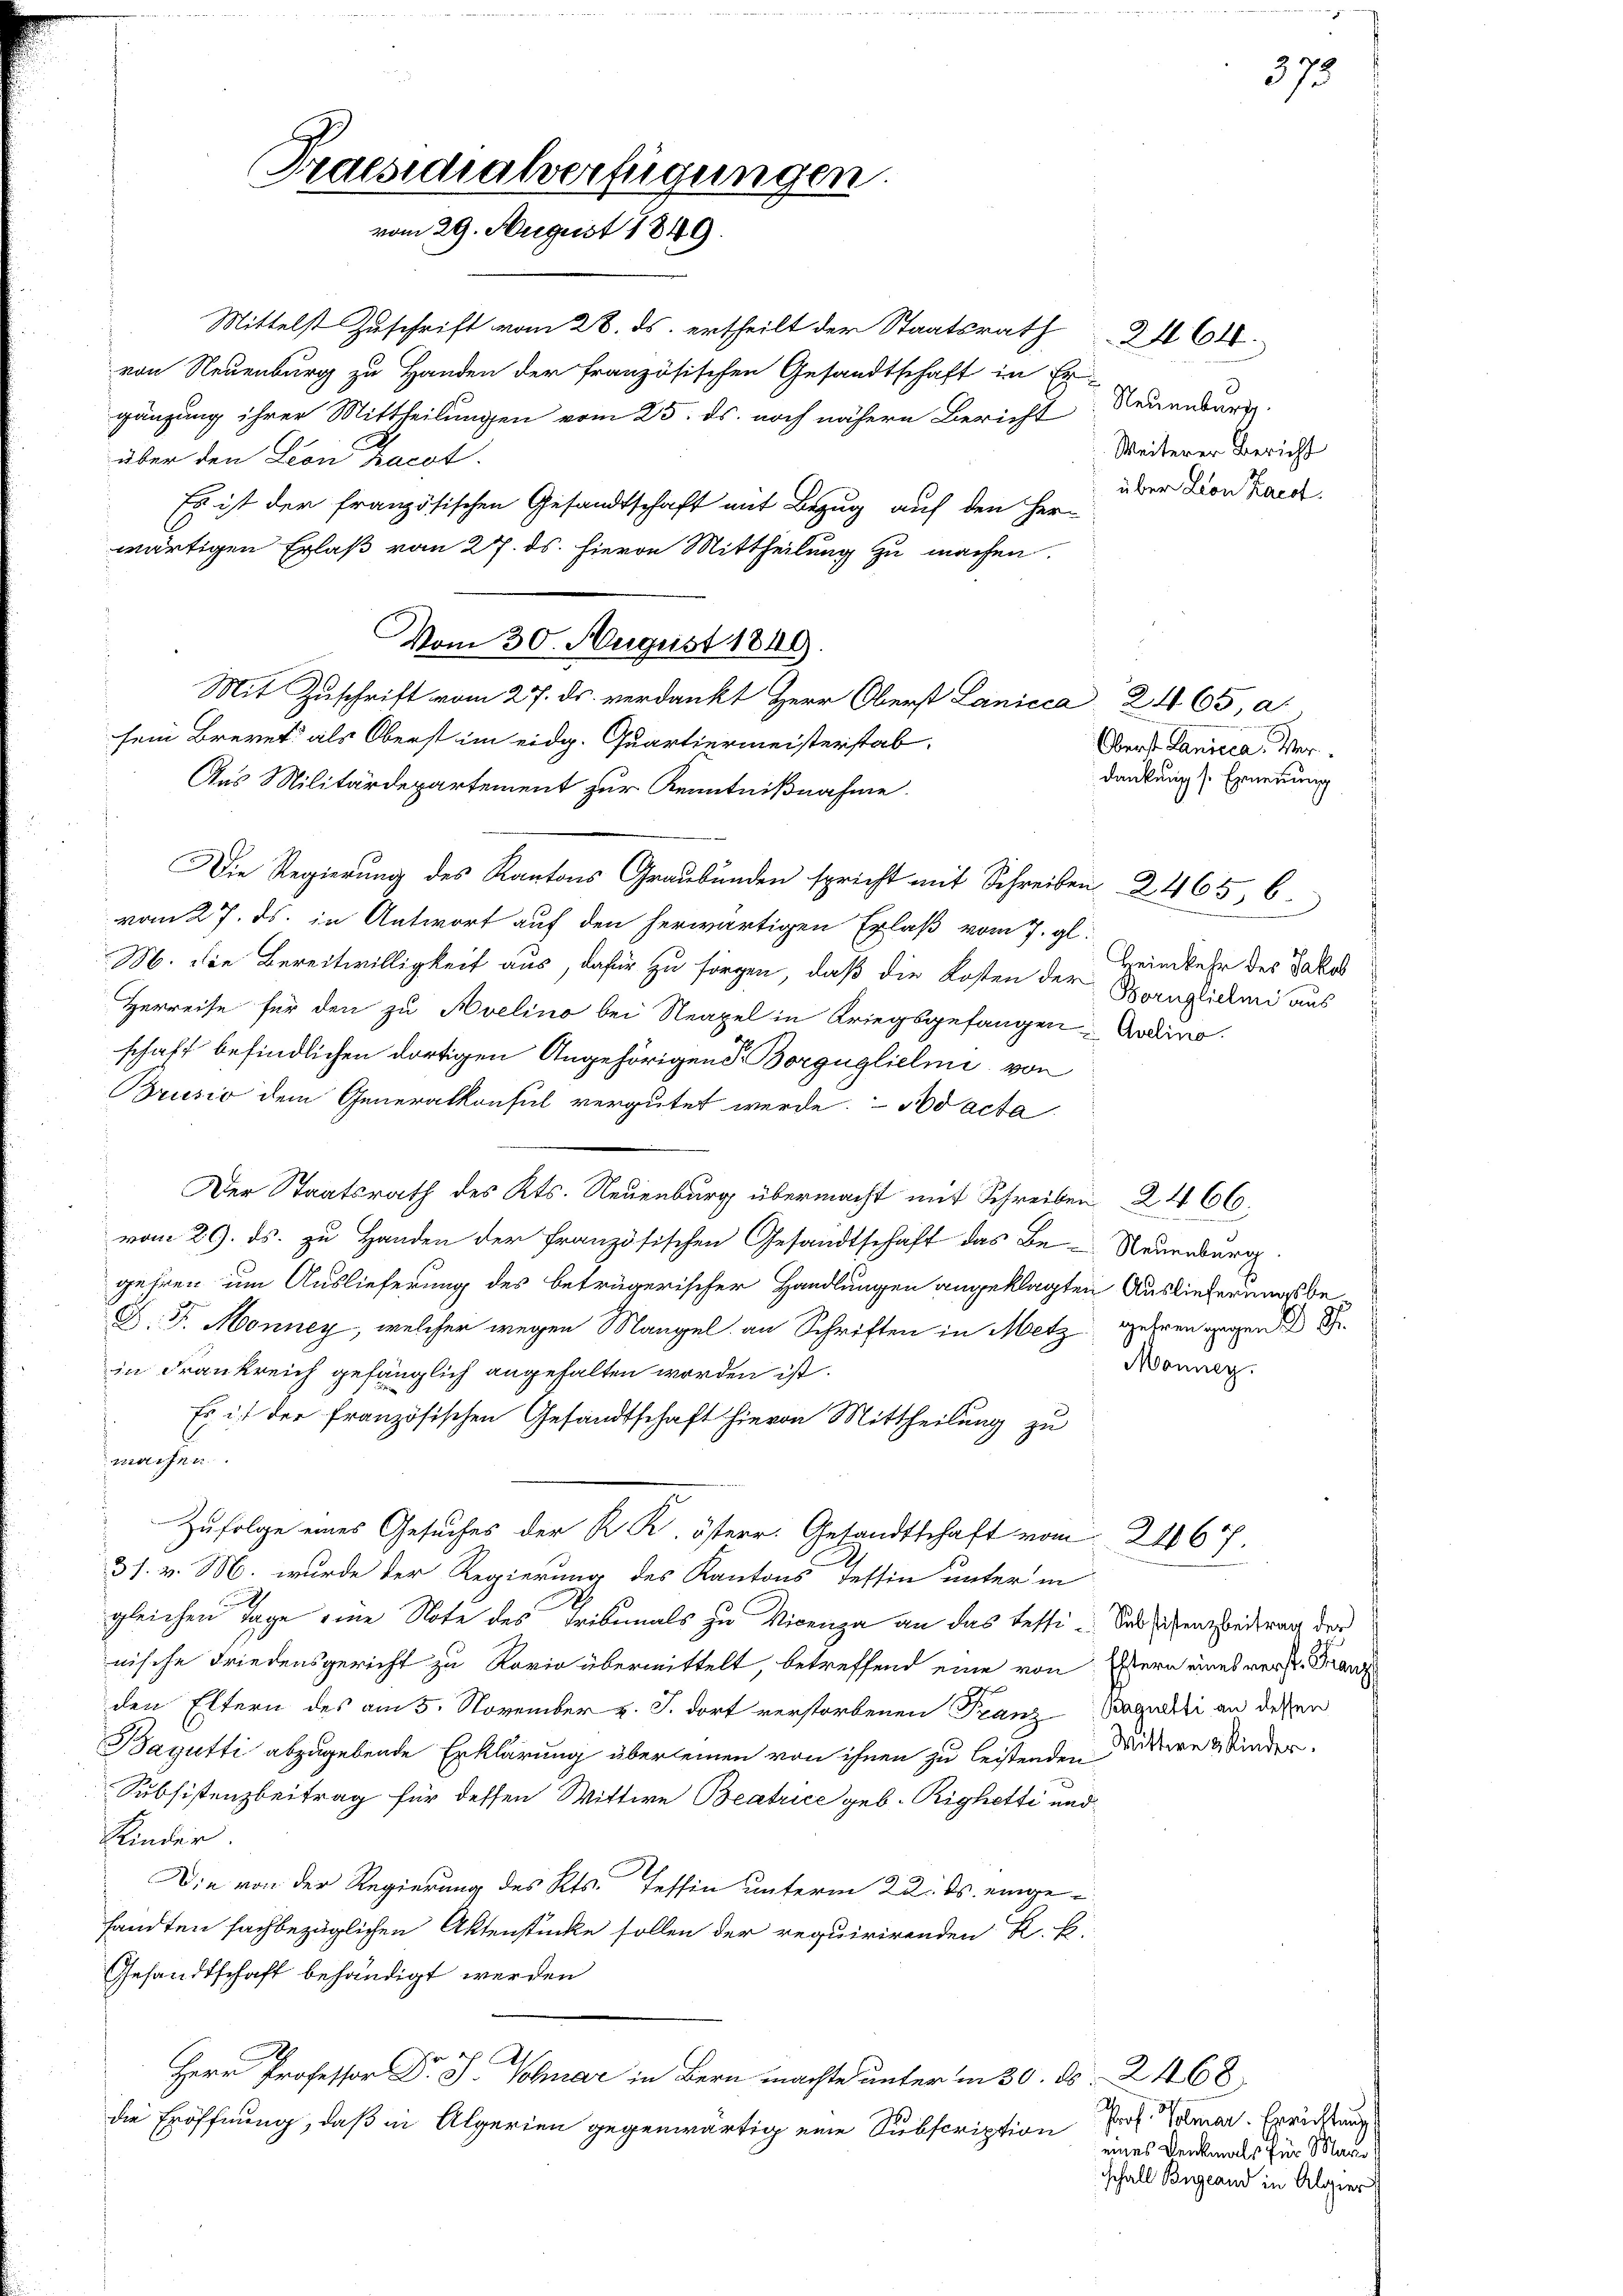
Praesidialverfügungen
vom 29. August 1849.

Mittelst Zuschrift vom 28. ds. ertheilt der Staatsrath 2464.
von Neuenburg zu Handen der französischen Gesandtschaft in Er-
gänzung ihrer Mittheilungen vom 25. ds. noch nähern Bericht
über den Leon hacot.
Es ist der französischen Gesandtschaft mit Bezug auf den Her-
wärtigen Erlaß vom 27. ds. Hievon Mittheilung zu machen.
Aus Militärdepartement zur Kenntnißnahme.
Die Regierung des Kantons Graubünden spricht mit Schreiben 2465. 6.
vom 27. ds. in Antwort auf den herwärtigen Erlaß vom 7. gl.
M. die Bereitwilligkeit aus, dafür zu sorgen, daß die Kosten der Kornglichen aus
Herreise für den zu Avelino bei Neapel in Kriegsgefangen Andro.
schaft befindlichen dortigen Angehörigend Borgüglielme von
Brusio dem Generalkonsul vergütet werde. No acta
Der Staatsrath des Kts. Neuenburg übermacht mit Schreiben 24. 66.
vom 29. ds. zu Handen der Französischen Gesandtschaft das Be- Neuenburg.
gehren um Auslieferung des beträgerischer Handlungen angeklagten Auslieferungsbe¬
D. J. Monney, welcher wegen Mangel an Schriften in Metzgehren gegen S.
Monner.
in Frankreich gefänglich angehalten worden ist.
Es ist der französischen Gesandtschaft hievon Mittheilung zu
warfen.
Zufolge eines Gesuches der K. K. österr. Gesandtschaft vom 21167.
31. v. M. wurde der Regierung des Kantons dessin unter in
gleichen Tage eine Note des Tribunals zu Vicenza an das Tessi- Das sichen Beitrag der
nische Friedensgericht zu Rovio übermittelt, betreffend eine von Estern eines verst. Franz
den Eltern des am 5. November v. J. dort verstorbenen Franz-Baquarti an diesen
Bagutti abzugebende Erklärung übereinen von ihnen zu leistenden Muttere Minder
Subsistenzbeitrag für dessen Wittwe Beatrice geb. Righetti und
Kinder
Die von der Regierung des Kts. Tessin unterm 22. ds. eingesandten sachbezüglichen Aktenstücke sollen der requirirenden R. B.
Gesandtschaft behändigt werden
 Ah.
Herr Professor Dr G. Volmar in Bern machte unter in 30. d. 2468
Prof. Volmar. Errichtung
die Eröffnung, daß in Alperien gegenwärtig eine Subscription
eines Denkmals für Mari

Vom 30. August 1849.
Mit Zuschrift vom 27. ds. verdankt Herr Oberst Lanicca 2465, a
sein Brevet als Oberst im eidg. Quartiermeisterstab

Neuenburg
Weiterer Bericht
über Leon Karot.

Oberst Lanicca. Ver
dankung s. Ernennung

375

Heimkehr des Jakob

schall Bngland in Algier